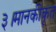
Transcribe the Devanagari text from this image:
३।मानकीकृत